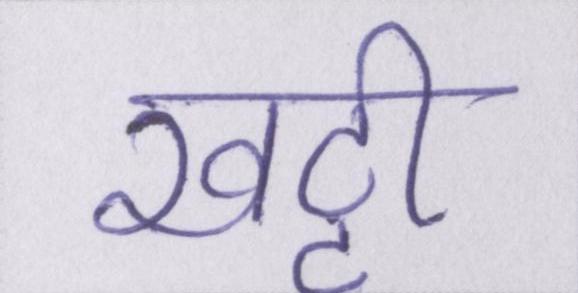
खट्टी